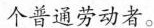
个普通劳动者。